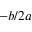
- b / 2 a